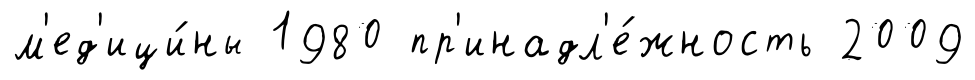
м'ед'ици́ны 1980 пр'инадл'е́жность 2009